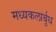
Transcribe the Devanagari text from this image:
मध्यकलार्बुध